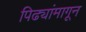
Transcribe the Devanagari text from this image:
पिढ्यांमागून